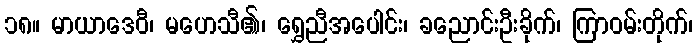
၁၈။ မာယာဒေဝီ၊ မဟေသီ၏၊ ရွှေညီအပေါင်း၊ ခညောင်းဦးခိုက်၊ ကြာဝမ်းတိုက်၊